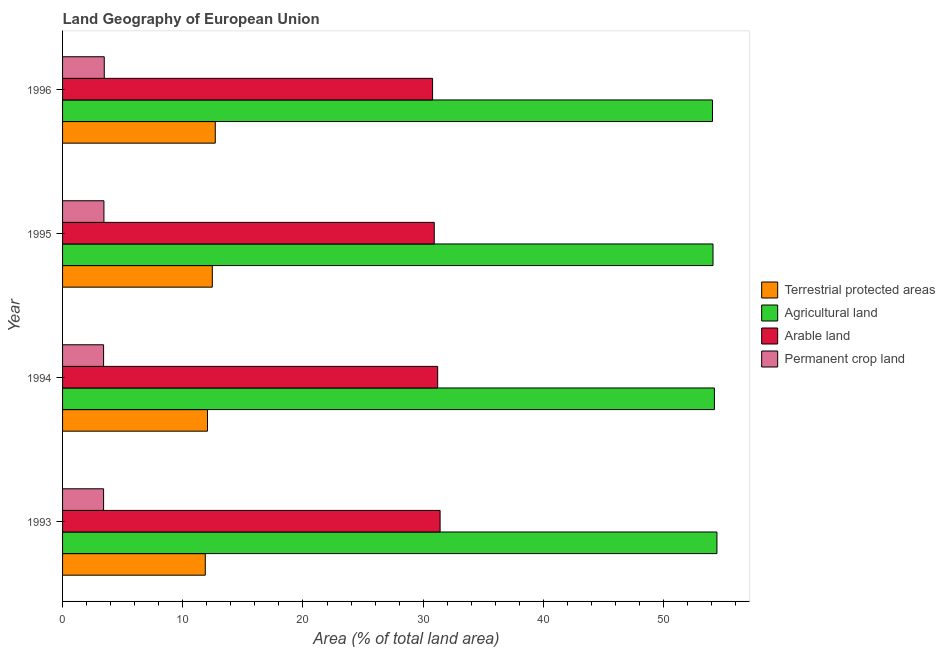
| Year | Terrestrial protected areas | Agricultural land | Arable land | Permanent crop land |
 | --- | --- | --- | --- | --- |
 | 1993 | 11.9 | 54.4 | 31.4 | 3.41 |
 | 1994 | 12.1 | 54.2 | 31.2 | 3.41 |
 | 1995 | 12.5 | 54.1 | 30.9 | 3.44 |
 | 1996 | 12.7 | 54.1 | 30.8 | 3.47 |